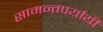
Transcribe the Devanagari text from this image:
सामन्तपर्यायी